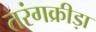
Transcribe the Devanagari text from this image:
तरंगक्रीड़ा